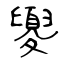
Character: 夓